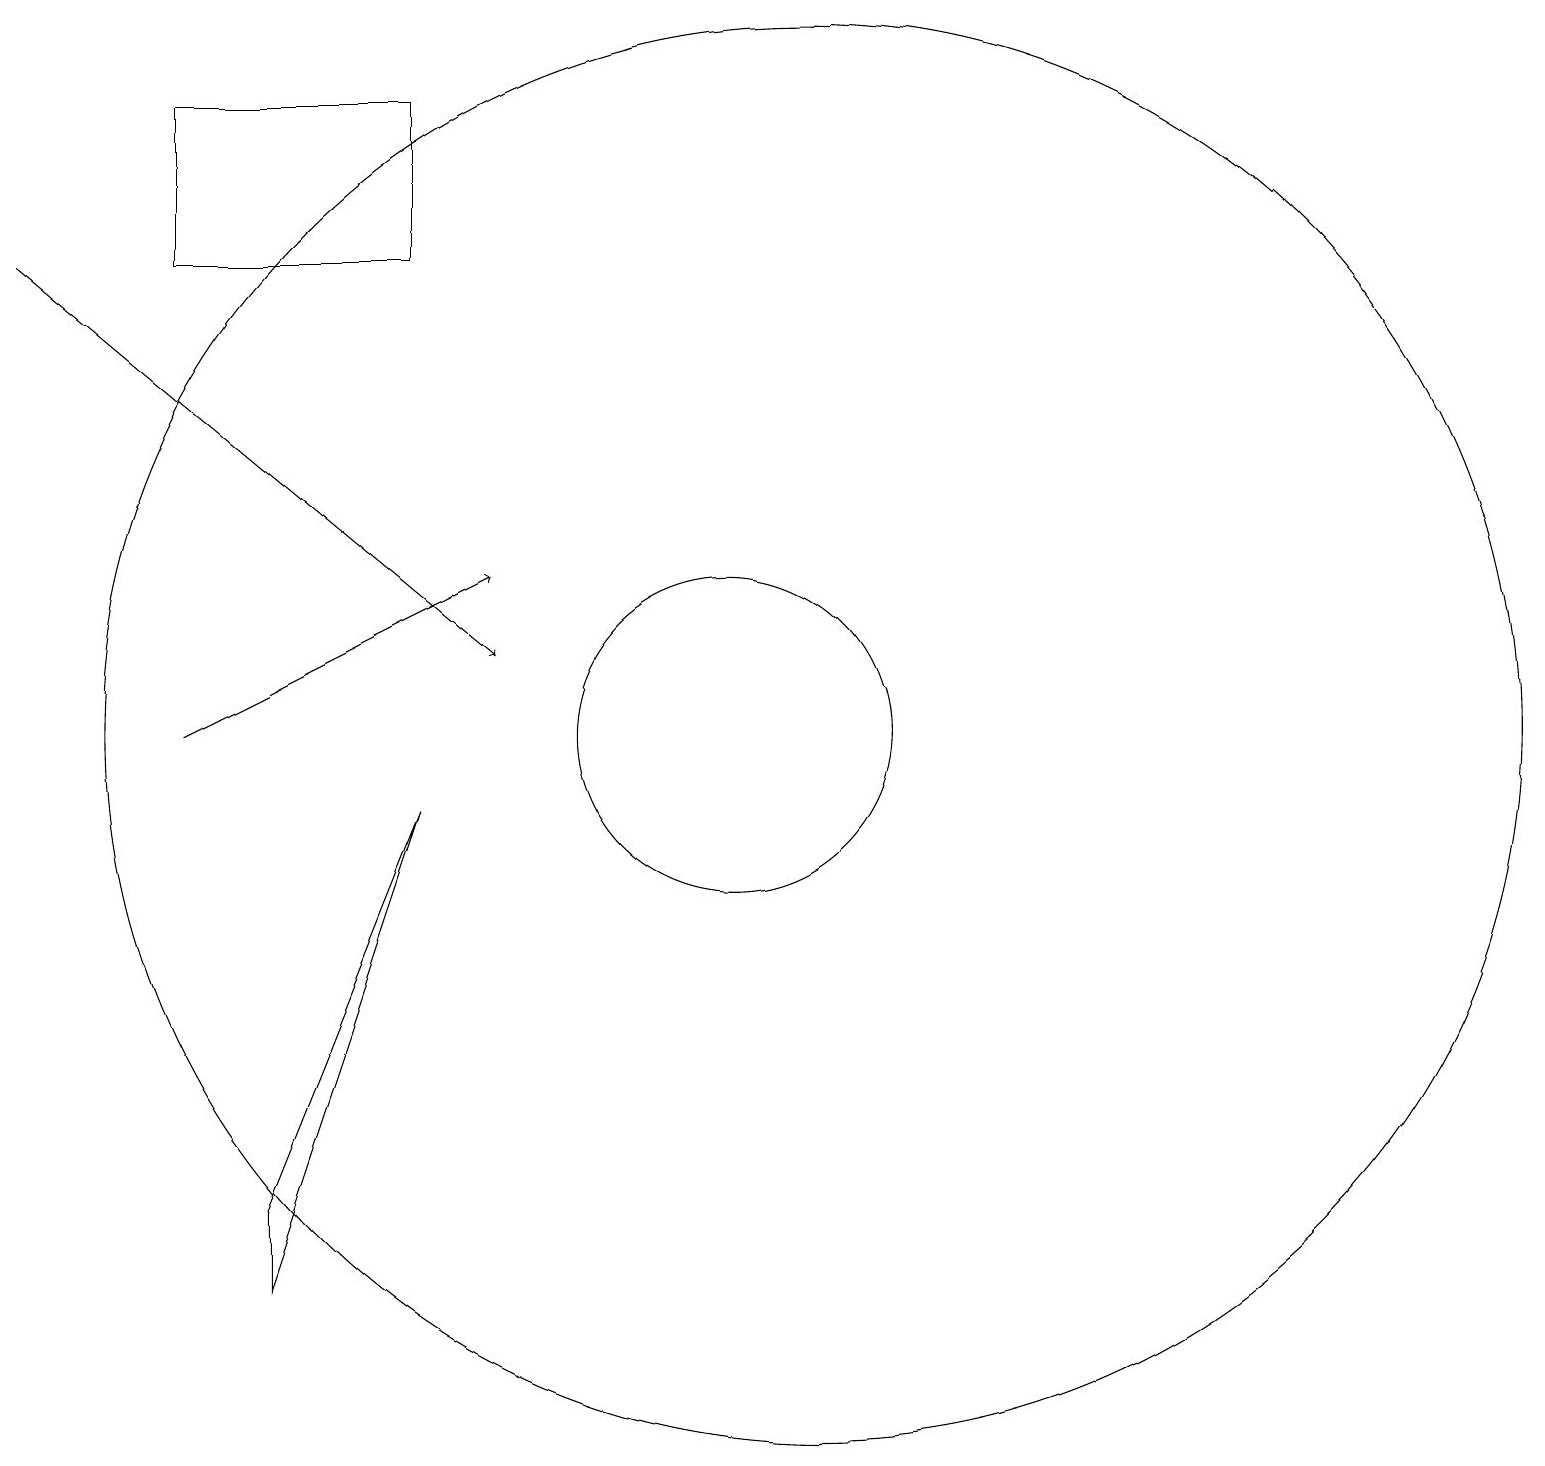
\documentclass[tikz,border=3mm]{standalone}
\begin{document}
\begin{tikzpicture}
\draw (4,18) rectangle (7,16);
\draw (12,10) circle (9);
\draw (11,10) circle (2);
\draw (5,4) -- (5,3) -- (7,9) -- cycle;
\draw[->] (2,16) -- (8,11);
\draw[->] (4,10) -- (8,12);
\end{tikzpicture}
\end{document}